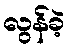
လွန်ခဲ့